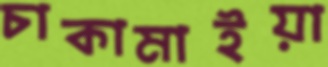
চাকামাইয়া